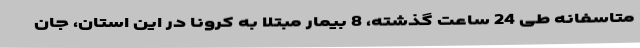
متاسفانه طی 24 ساعت گذشته، 8 بیمار مبتلا به کرونا در این استان، جان